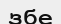
збе